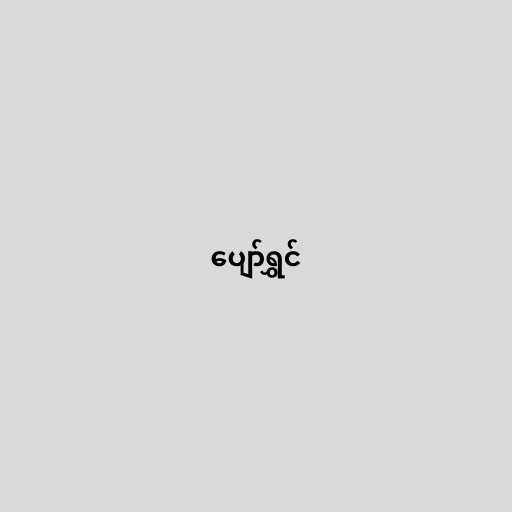
ပျော်ရွှင်